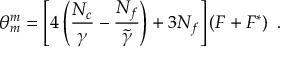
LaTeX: \theta _ { m } ^ { m } = \left[ 4 \left( \frac { N _ { c } } { \gamma } - \frac { N _ { f } } { \tilde { \gamma } } \right) + 3 N _ { f } \right] \left( F + F ^ { * } \right) \ .